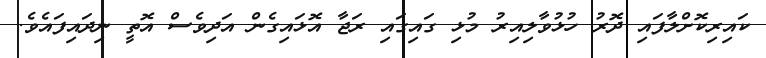
ކައިރިކޮށްލާފައި ދޮރު ހުޅުވާލިއިރު މުޅި ގައިގައި ރަޖާ އޮޅައިގެން އަދިވެސް އޮތީ ނިދައިފައެވެ.